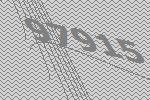
97915